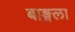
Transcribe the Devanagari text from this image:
बाङ्गला